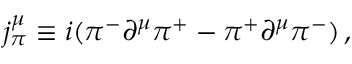
j _ { \pi } ^ { \mu } \equiv i ( \pi ^ { - } \partial ^ { \mu } \pi ^ { + } - \pi ^ { + } \partial ^ { \mu } \pi ^ { - } ) \, ,